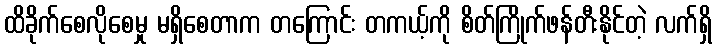
ထိခိုက်စေလိုစေမှု မရှိစေတာက တကြောင်း တကယ့်ကို စိတ်ကြိုက်ဖန်တီးနိုင်တဲ့ လက်ရှိ